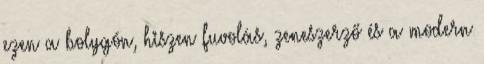
ezen a bolygón, hiszen fuvolás, zeneszerző és a modern